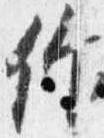
作